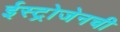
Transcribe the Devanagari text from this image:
ईस्ट्रोजेनची